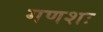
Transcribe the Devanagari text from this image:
गणशः